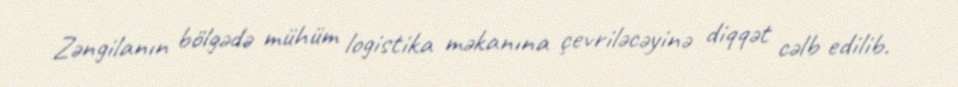
Zəngilanın bölgədə mühüm logistika məkanına çevriləcəyinə diqqət cəlb edilib.